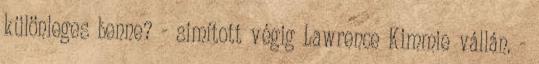
különleges benne? - simított végig Lawrence Kimmie vállán. -